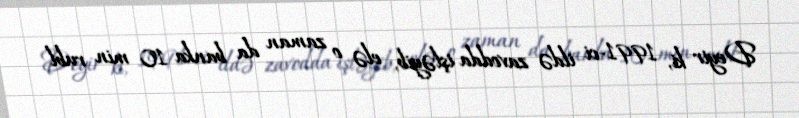
Deyir ki, 1991-ci ildə zavodda işləyib, elə o zaman da banka 10 min rubl